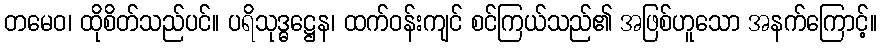
တမေဝ၊ ထိုစိတ်သည်ပင်။ ပရိသုဒ္ဓဋ္ဌေန၊ ထက်ဝန်းကျင် စင်ကြယ်သည်၏ အဖြစ်ဟူသော အနက်ကြောင့်။